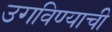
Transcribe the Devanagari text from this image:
उगविण्याची